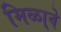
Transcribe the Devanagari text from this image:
मिळा्वे